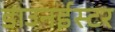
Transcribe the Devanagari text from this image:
डाउनईस्टर